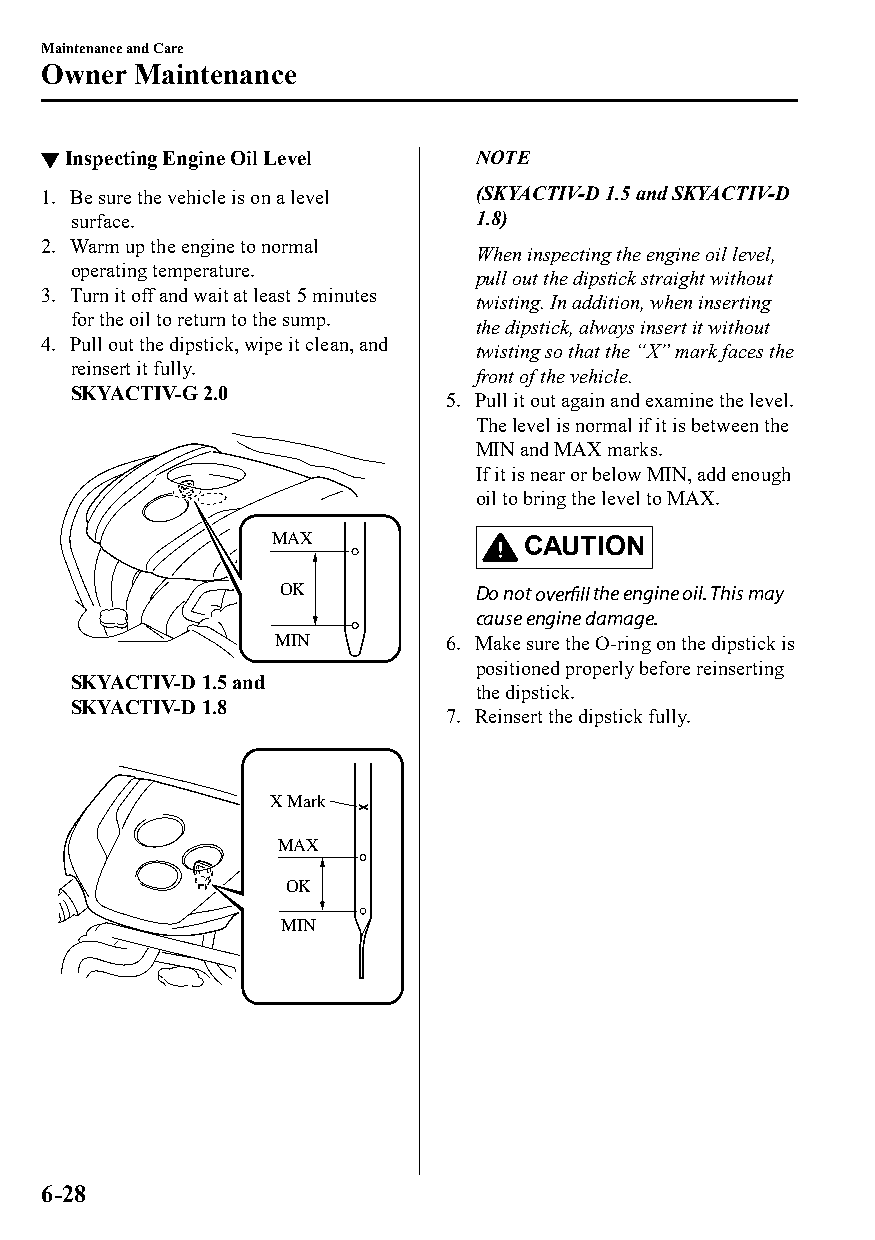
Maintenance and Care
 Owner  Maintenance
 ▼Inspecting Engine Oil Level NOTE
 1. Be sure the vehicle is on a level (SKYACTIV-D 1.5 and SKYACTIV-D
 surface.                   1.8)
 2. Warm up the engine to normal
 When inspecting the engine oil level,
 operating temperature.
 pull out the dipstick straight without
 3. Turn it off and wait at least 5 minutes
 twisting. In addition, when inserting
 for the oil to return to the sump.
 the dipstick, always insert it without
 4. Pull out the dipstick, wipe it clean, and
 twisting so that the “X” mark faces the
 reinsert it fully.
 front of the vehicle.
 SKYACTIV-G 2.0
 5. Pull it out again and examine the level.
 The level is normal if it is between the
 MIN and MAX marks.
 If it is near or below MIN, add enough
 oil to bring the level to MAX.
 MAX             CAUTION
 OK           Do not overfill the engine oil. This may
 cause engine damage.
 MIN        6. Make sure the O-ring on the dipstick is
 positioned properly before reinserting
 SKYACTIV-D 1.5 and
 the dipstick.
 SKYACTIV-D 1.8
 7. Reinsert the dipstick fully.
 X Mark
 MAX
 OK
 MIN
 6-28
 CX-3_8GT4-EE-18D_Edition4                  2018-9-6 18:32:19